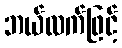
ဘယ်လက်ဖြင့်